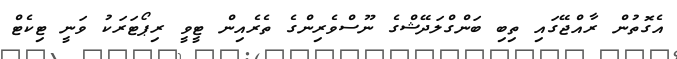
އެގޮތުން ރާއްޖޭގައި ތިބި ބަންގްލަދޭޝްގެ ނޫސްވެރިންގެ ތެރެއިން ޓީވީ ރިޕޯޓަރަކު ވަނީ ޓިކެޓް